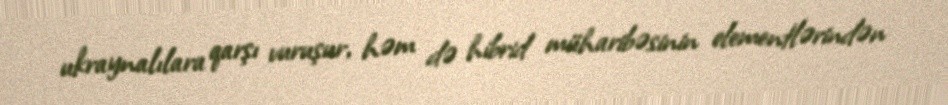
ukraynalılara qarşı vuruşur, həm də hibrid müharibəsinin elementlərindən